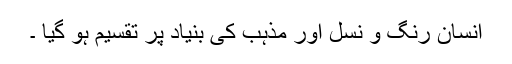
انسان رنگ و نسل اور مذہب كی بنیاد پر تقسیم ہو گیا ۔